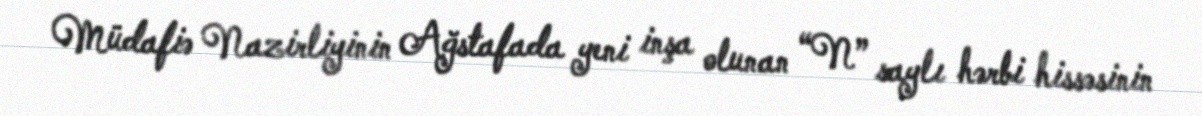
Müdafiə Nazirliyinin Ağstafada yeni inşa olunan “N” saylı hərbi hissəsinin